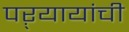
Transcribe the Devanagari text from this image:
पऱ्यायांची